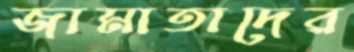
জামাতাদের